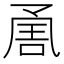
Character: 𭂶